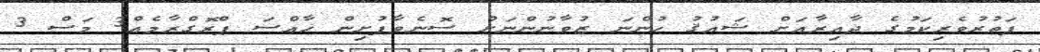
ފަތުރުވެރިކަމުގެ ދާއިރާއަށް ޝައުޤު ހުންނަ ޒުވާނުންނަށް ސޮނެވާފުށިން ޚާއްސަ ޕްރޮގްރާމެއް3 މަސް 3